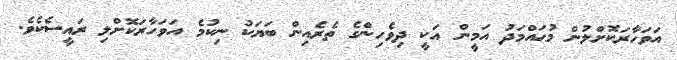
އަވަހާރަކޮށްލުން މުޙައްމަދު އަމީން އަކީ ދިވެހިންގެ ތެރެއިން ބަޔަކު ނިކުމެ އަވަހާރަކޮށްލި ރައީސެކެވެ.